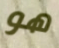
هو